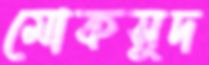
মোকসুদ